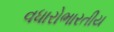
વધારોભારતીય